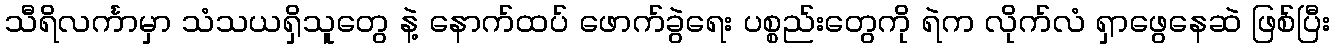
သီရိလင်္ကာမှာ သံသယရှိသူတွေ နဲ့ နောက်ထပ် ဖောက်ခွဲရေး ပစ္စည်းတွေကို ရဲက လိုက်လံ ရှာဖွေနေဆဲ ဖြစ်ပြီး